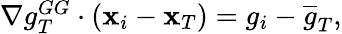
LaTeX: \begin{array}{r}{\nabla g_{T}^{GG}\cdot({\mathbf x}_{i}-{\mathbf x}_{T})={g}_{i}-\overline{{g}}_{T},}\end{array}